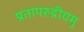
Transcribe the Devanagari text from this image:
प्रतापरुद्रीयमु